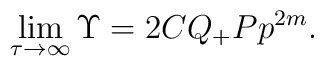
\lim _{\tau \rightarrow \infty }\Upsilon =2CQ_{+}P{p}^{2m}.